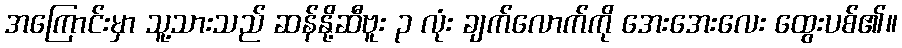
အကြောင်းမှာ သူ့သားသည် ဆန်နို့ဆီဗူး ၃ လုံး ချက်လောက်ကို အေးအေးလေး ထွေးပစ်၏။